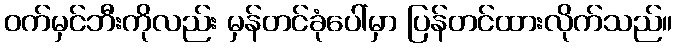
ဝက်မှင်ဘီးကိုလည်း မှန်တင်ခုံပေါ်မှာ ပြန်တင်ထားလိုက်သည်။